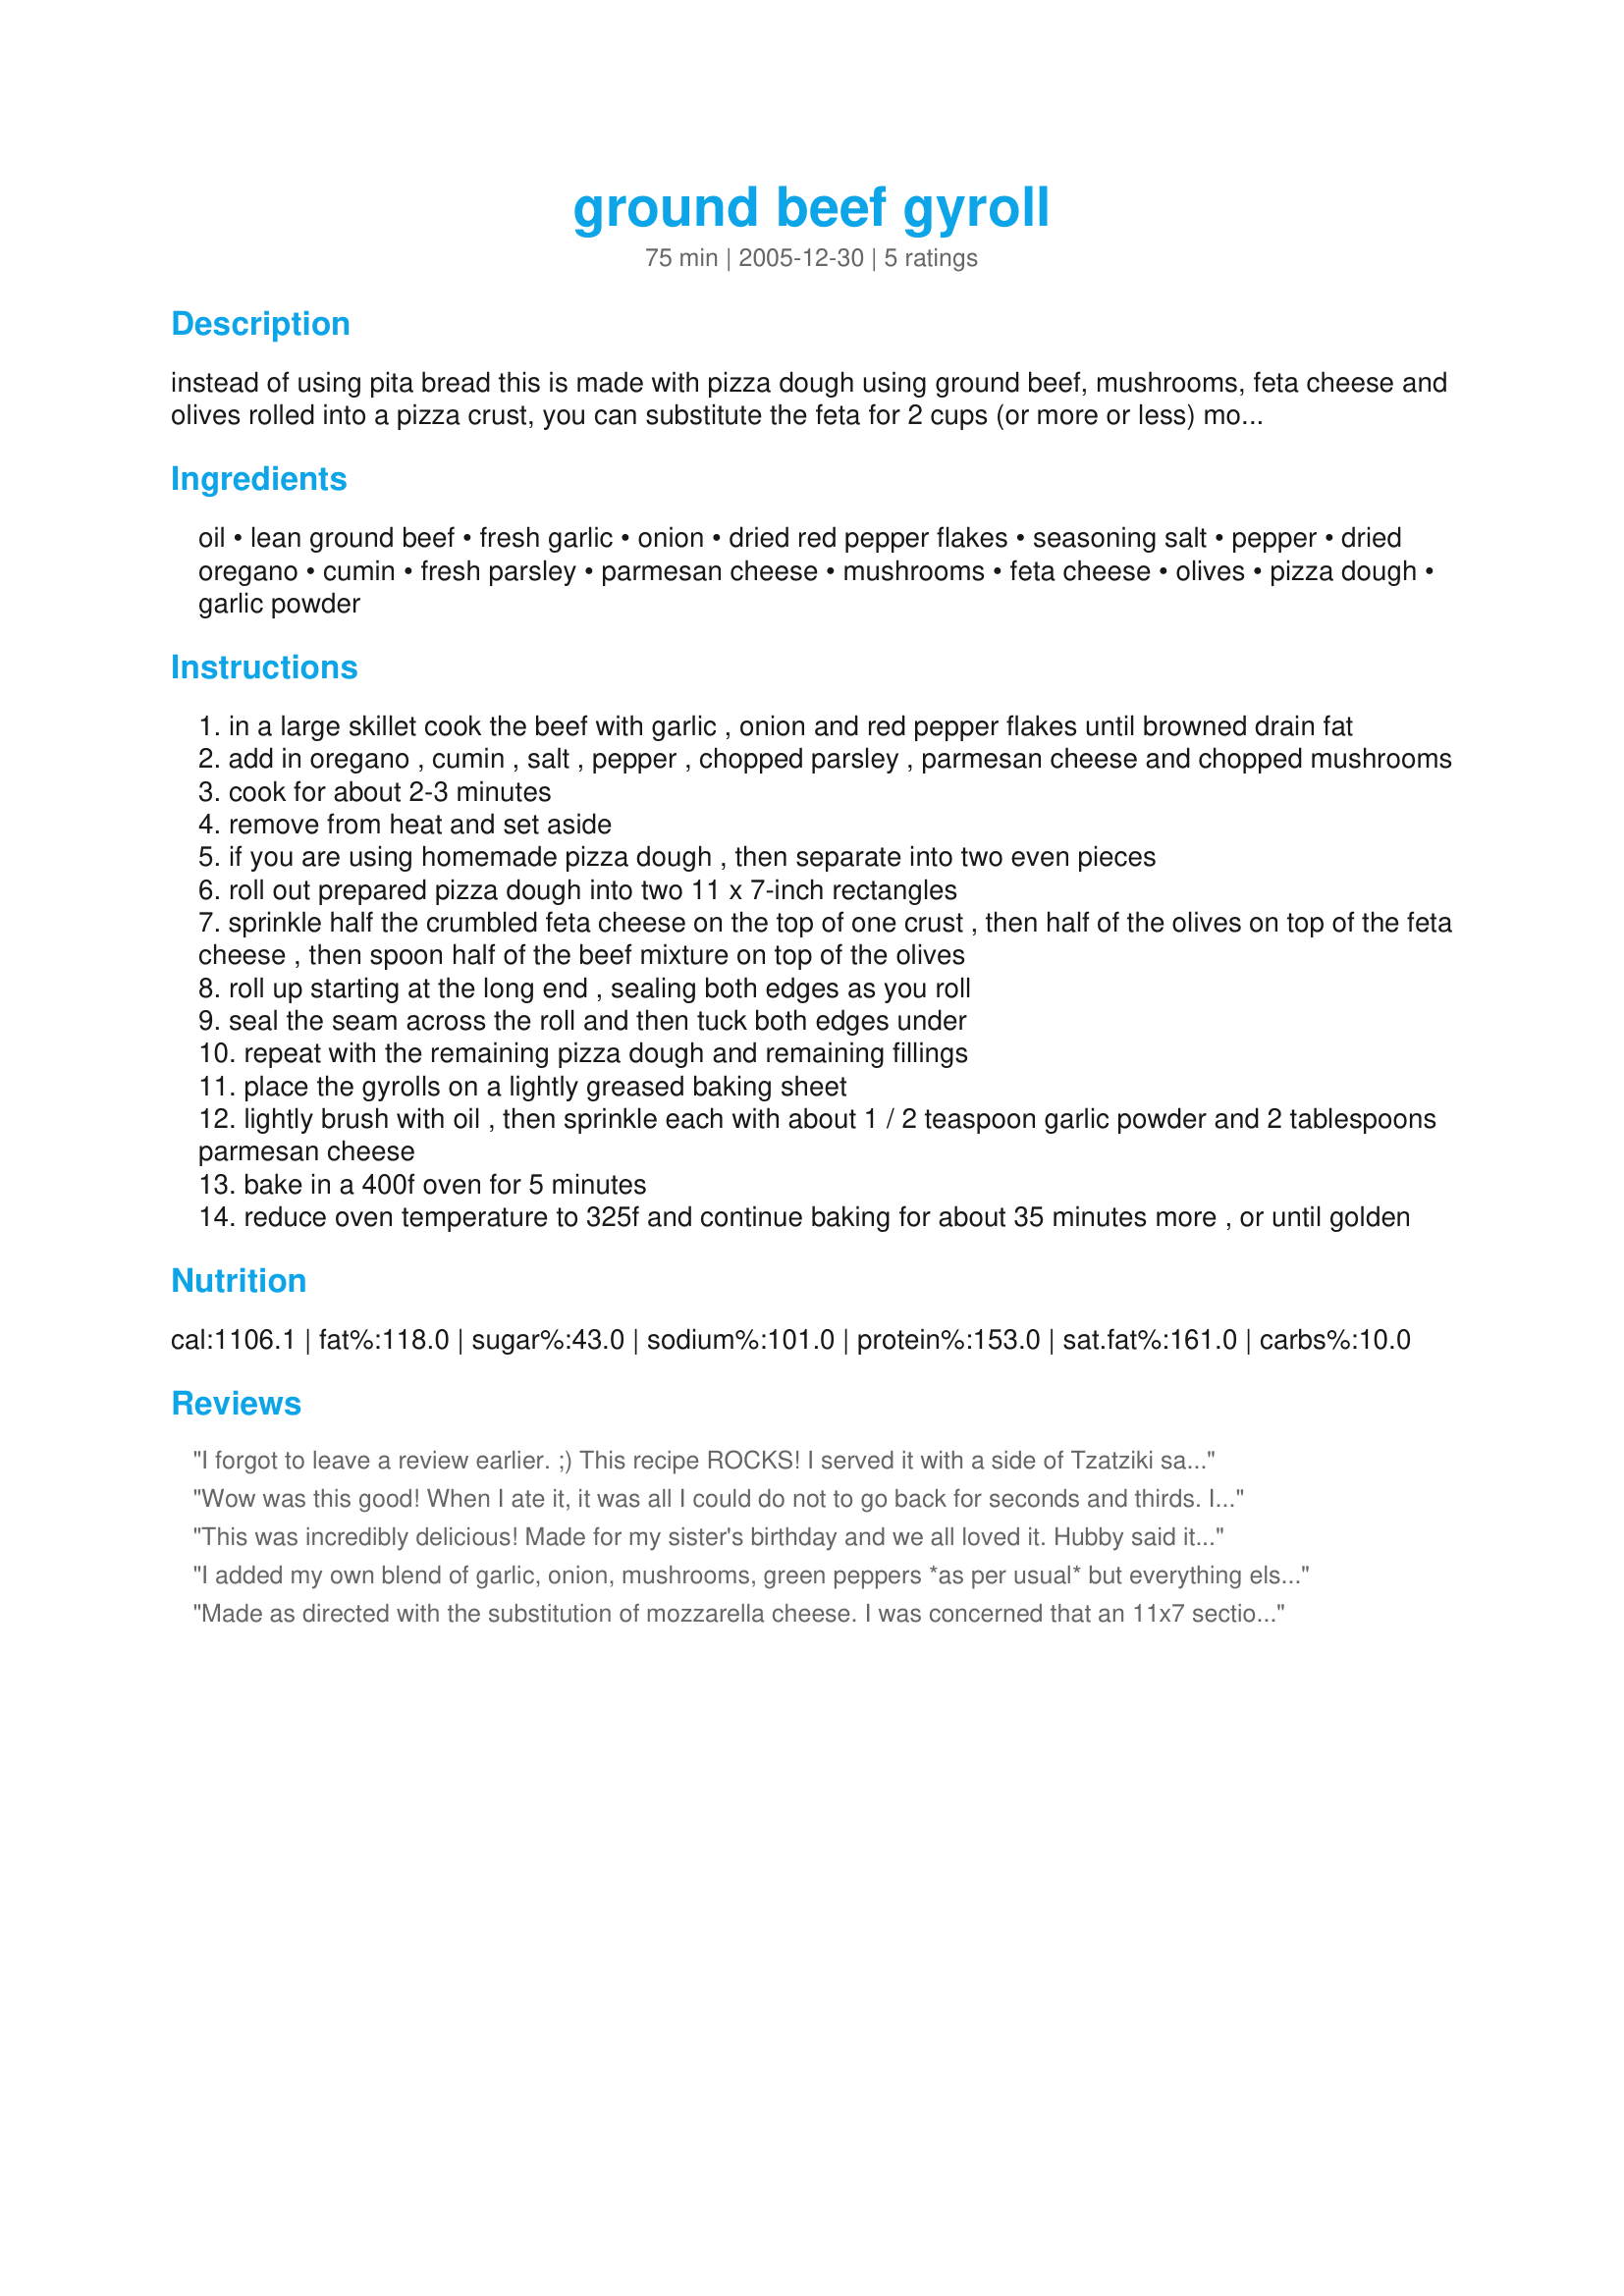
ground beef gyroll
Preparation time: 75 minutes

instead of using pita bread this is made with pizza dough using ground beef, mushrooms, feta cheese and olives rolled into a pizza crust, you can substitute the feta for 2 cups (or more or less) mozzarella cheese if desired.

Ingredients:
oil, lean ground beef, fresh garlic, onion, dried red pepper flakes, seasoning salt, pepper, dried oregano, cumin, fresh parsley, parmesan cheese, mushrooms, feta cheese, olives, pizza dough, garlic powder

Steps:
in a large skillet cook the beef with garlic , onion and red pepper flakes until browned drain fat
add in oregano , cumin , salt , pepper , chopped parsley , parmesan cheese and chopped mushrooms
cook for about 2-3 minutes
remove from heat and set aside
if you are using homemade pizza dough , then separate into two even pieces
roll out prepared pizza dough into two 11 x 7-inch rectangles
sprinkle half the crumbled feta cheese on the top of one crust , then half of the olives on top of the feta cheese , then spoon half of the beef mixture on top of the olives
roll up starting at the long end , sealing both edges as you roll
seal the seam across the roll and then tuck both edges under
repeat with the remaining pizza dough and remaining fillings
place the gyrolls on a lightly greased baking sheet
lightly brush with oil , then sprinkle each with about 1 / 2 teaspoon garlic powder and 2 tablespoons parmesan cheese
bake in a 400f oven for 5 minutes
reduce oven temperature to 325f and continue baking for about 35 minutes more , or until golden

Reviews:
I forgot to leave a review earlier. ;)

This recipe ROCKS! I served it with a side of Tzatziki sauce. I didn't add the mushrooms as we don't like em. But I added diced cucumber in its place. Nothing but rave reviews from my family.

Edited to add, I used a homemade pizza crust.
Wow was this good! When I ate it, it was all I could do not to go back for seconds and thirds. It is so yummy! Definitely a keeper!
This was incredibly delicious! Made for my sister's birthday and we all loved it. Hubby said it was a keeper and wanted to eat it all. I did half the recipe and used 1 10-ounce can refrigerated pizza crust. Made it exactly as written and it was perfect.
I added my own blend of garlic, onion, mushrooms, green peppers *as per usual* but everything else about this recipe was simple and delicious. <br/>I didn't have any pizza crust on hand, but I did have a tube of breadsticks w/garlic butter spread. PERFECT! If you want to serve this as a party dish then the breadsticks are best - they very easily pull into single serve rolls.<br/>I sauteed some mushroom caps with some fresh basil and layered that at the bottom of the roll so it would be in the middle. The garlic spread really made the crust flaky and light. I will definitely make this again and plan on having fun experimenting with other ingredients!
Made as directed with the substitution of mozzarella cheese. I was concerned that an 11x7 section of dough wouldn't be large enough for all the meat and cheese. However, it was just the right amount of dough for the filling and baked in the time given. My husband has asked that I make this often and suggested that next time I make them as individual size rolls to be eaten like a sandwich. I think next time I will serve them with Tzatili sauce.
